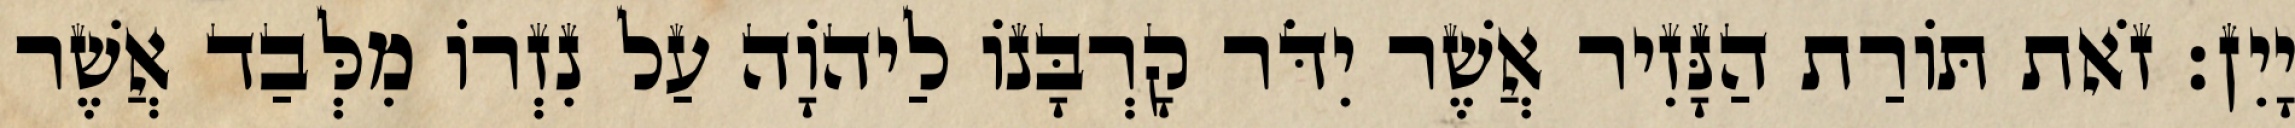
יָיִן׃ זֹאת תּוֹרַת הַנָּזִיר אֲשֶׁר יִדֹּר קָרְבָּנוֹ לַיהוָֹה עַל נִזְרוֹ מִלְּבַד אֲשֶׁר